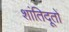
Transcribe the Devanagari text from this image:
शांतिदूतों